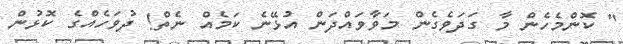
" ކޮންމެހެން މާ ގަދަވެގެން މަވާވައްދަން އުޅޭނެ ކަމެއް ނެތް! ދުވަހެއްގެ ކޮޅުން